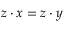
z \cdot x = z \cdot y